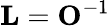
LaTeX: {\mathbf L}={\mathbf O}^{-1}